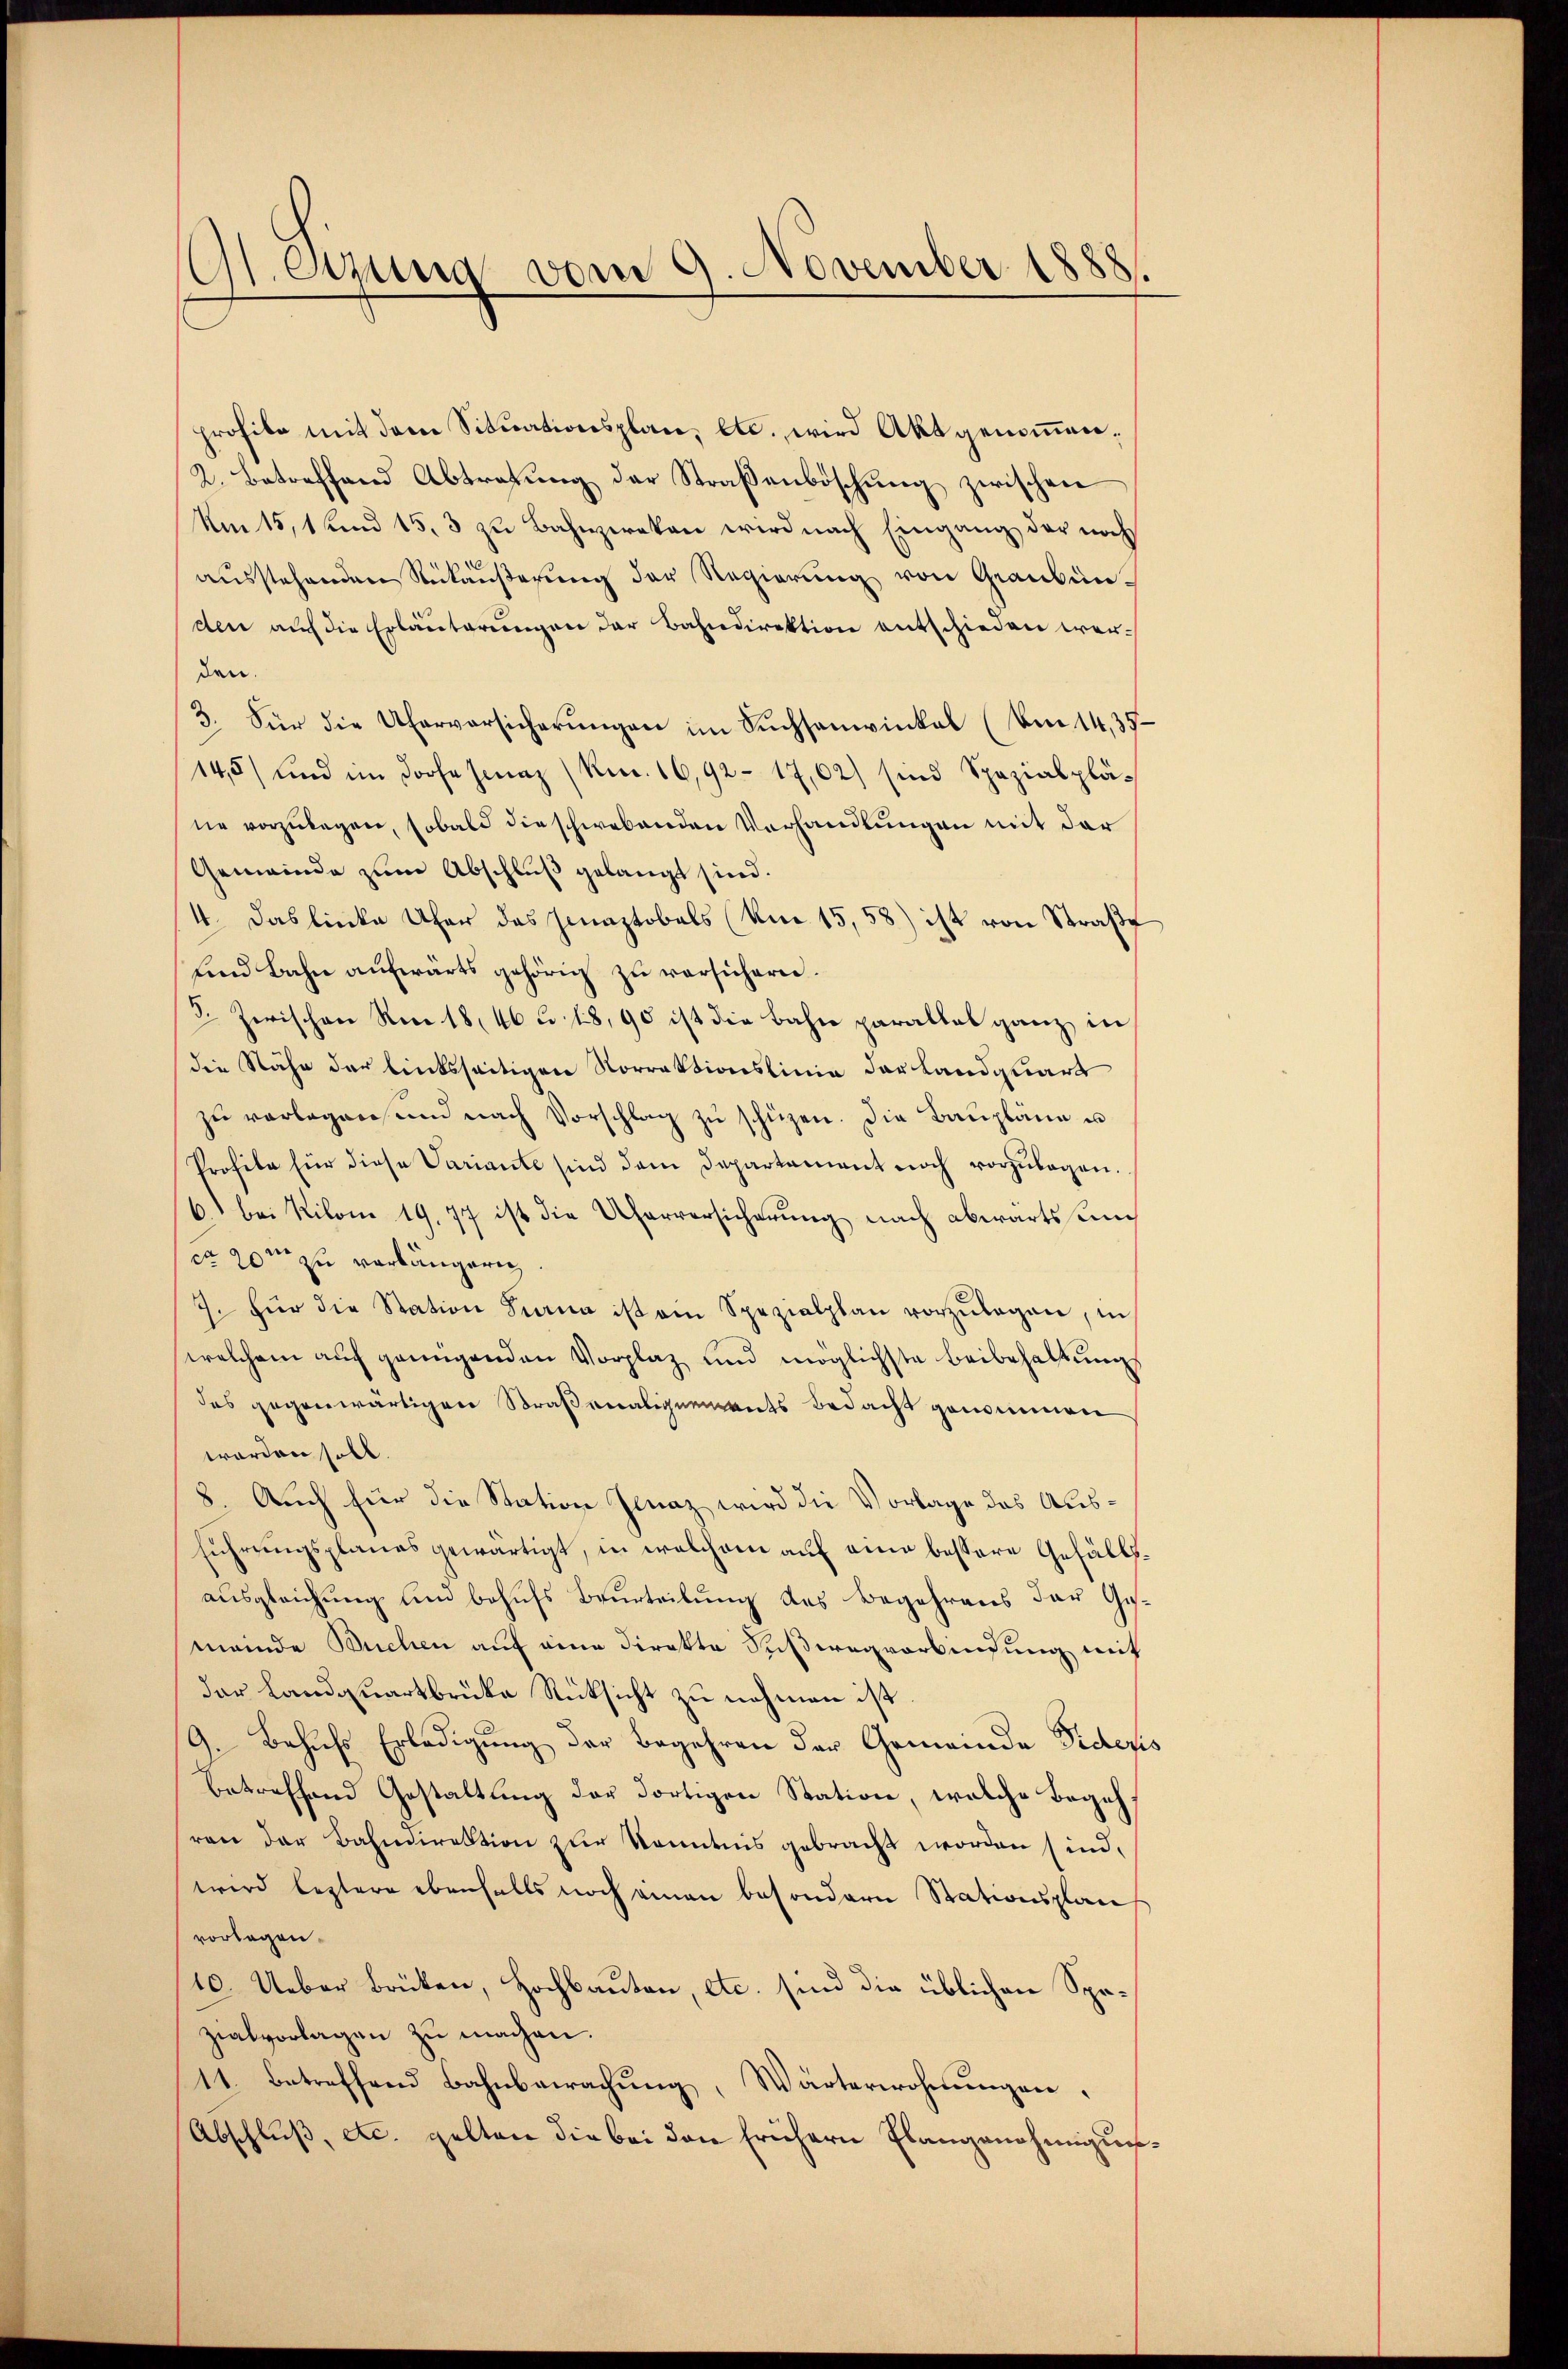
Gl. Errung vom 9. November 1888.

prohibe mit dem Situationsplan, etc. wird Akt genommen.
2. Betreffend Abtretŭng der Straβenböschŭng zwischen
Um 15, 1 und 15, 3 zu Bahnzirken wird nach Eingang der nach
¬
ausstehenden Antäußerung der Regierung von Graubünden auf die Erläuterungen der Bahndirektion entschieden werden.
3. Für die Ufervorsicherŭngen im Sŭchsanvinkel (von 14,35
145) und im Dorfe hina (Rec. 16,92-17,02) sind Spezialpläne vorzulegen, sobald die schwebenden Verhandlungen mit der
Gemeinde zum Abschluß gelangt sind.
4. Das linke Ufer das Jenaptobels (Um 15,58) ist von Straße
und Bahn aufwärts gehörig zu versichern.
5. Zerischen Rec 18, 46 u. 1890 ist die Bahn parallel ganz in
die Nähe der linksseitigen Norrektionslinie der Landquart
zŭ verlegen und nach Vorschlag zŭ schützen. Die Baŭpläne u
Profile für diese Variante sind dem Departement noch vorzulegen.
6. bei Kilom 19. 77 ist die Uferversicherŭng nach abwärts un
cr 20m zu verlängern
7. für die Station Biana ist ein Spezialplan vorzŭlegen, in
welchem auch genügenden Vorplaz und möglichste Beibehaltungs
des gegenwärtigen Straßenaligenants bedacht genommen
worden soll.
8. Auch für die Station Jenaz wird die Vorlage des Ausführungsplanes gewärtigt, in welchem auf eine bessere Gefällsausgleichung und behufs Beurteilung des Begehrens der Gemeinde Buchen auf eine direkte Fußwegverbindung mit
der Landquartbrücke Rücksicht zu nehmen ist.
9. Behufs Erledigung der Begehren der Gemeinde Fideris
betreffend Gestaltung der dortigen Station, welche Begeh
ren der Bahndirektion zur Kenntnis gebracht worden sind,
wird leztere ebenfalls noch einen besondern Stationsplan
vorlagen.
10. Ueber Brüken, Hochbauten, etc. sind die üblichen Spozialvorlagen zu machen.
11. betreffend Bahnbewachung, Wärterwohnungen.
Abschluß, etc. gelten die bei den frühern Flangenehmigun¬